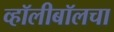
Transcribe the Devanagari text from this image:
व्हॉलीबॉलचा